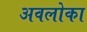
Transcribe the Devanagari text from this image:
अवलोका